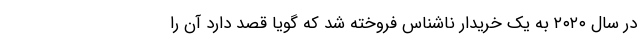
در سال ۲۰۲۰ به یک خریدار ناشناس فروخته شد که گویا قصد دارد آن را